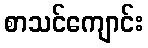
စာသင်ကျောင်း